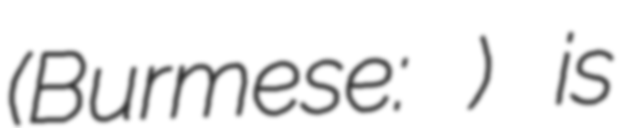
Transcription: (Burmese: တုနှိုင်းမရတဲ့မေတ္တာ) is